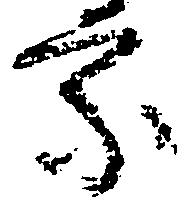
家